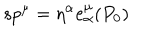
s p ^ { \mu } = \eta ^ { \alpha } e _ { \alpha } ^ { \mu } ( P _ { 0 } )